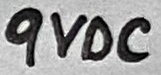
Text: 9VDC